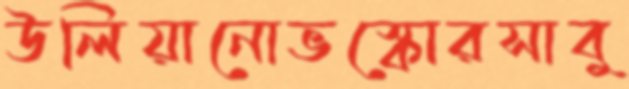
উলিয়ানোভস্কোরসাবু